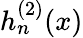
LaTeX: h_{n}^{(2)}(x)